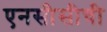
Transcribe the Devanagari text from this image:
एनसीसीची